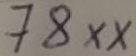
Text: 78XX